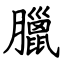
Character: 臘